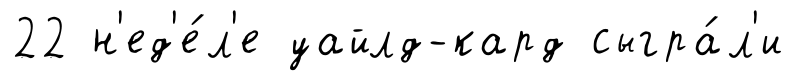
22 н'ед'е́л'е уайлд-кард сыгра́л'и